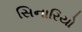
સિનારિયો